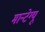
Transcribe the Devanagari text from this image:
मान्टेग्यू